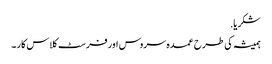
شکریا.
ہمیشہ کی طرح عمدہ سروس اور فرسٹ کلاس کار ۔